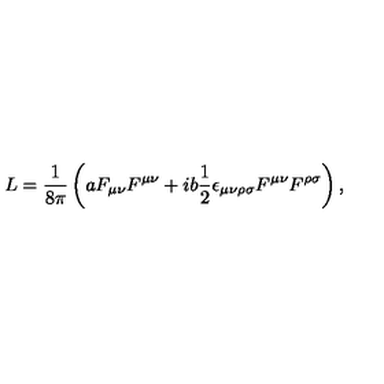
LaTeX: L = \frac { 1 } { 8 \pi } \left( a F _ { \mu \nu } F ^ { \mu \nu } + i b \frac { 1 } { 2 } \epsilon _ { \mu \nu \rho \sigma } F ^ { \mu \nu } F ^ { \rho \sigma } \right) ,